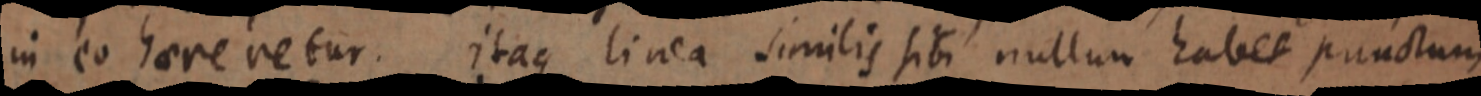
in eo haere retur. itaque linea similis sibi nullum habet punctum